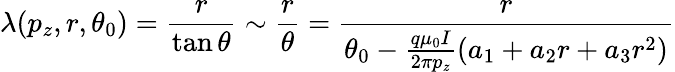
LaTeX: \lambda(p_{z},r,\theta_{0})=\frac{r}{\tan\theta}\sim\frac{r}{\theta}=\frac{r}{\theta_{0}-\frac{q\mu_{0}I}{2\pi p_{z}}\left(a_{1}+a_{2}r+a_{3}r^{2}\right)}